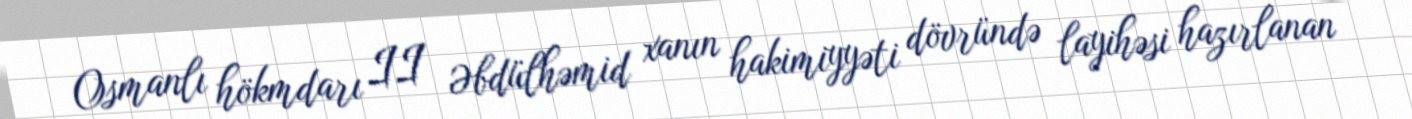
Osmanlı hökmdarı II Əbdülhəmid xanın hakimiyyəti dövründə layihəsi hazırlanan